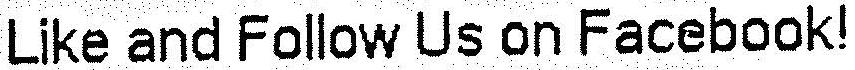
LIKE AND FOLLOW US ON FACEBOOK!